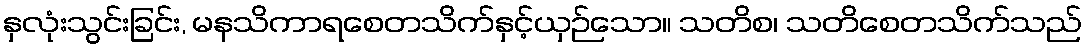
နှလုံးသွင်းခြင်း, မနသိကာရစေတသိက်နှင့်ယှဉ်သော။ သတိစ၊ သတိစေတသိက်သည်